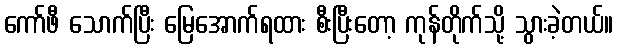
ကော်ဖီ သောက်ပြီး မြေအောက်ရထား စီးပြီးတော့ ကုန်တိုက်သို့ သွားခဲ့တယ်။